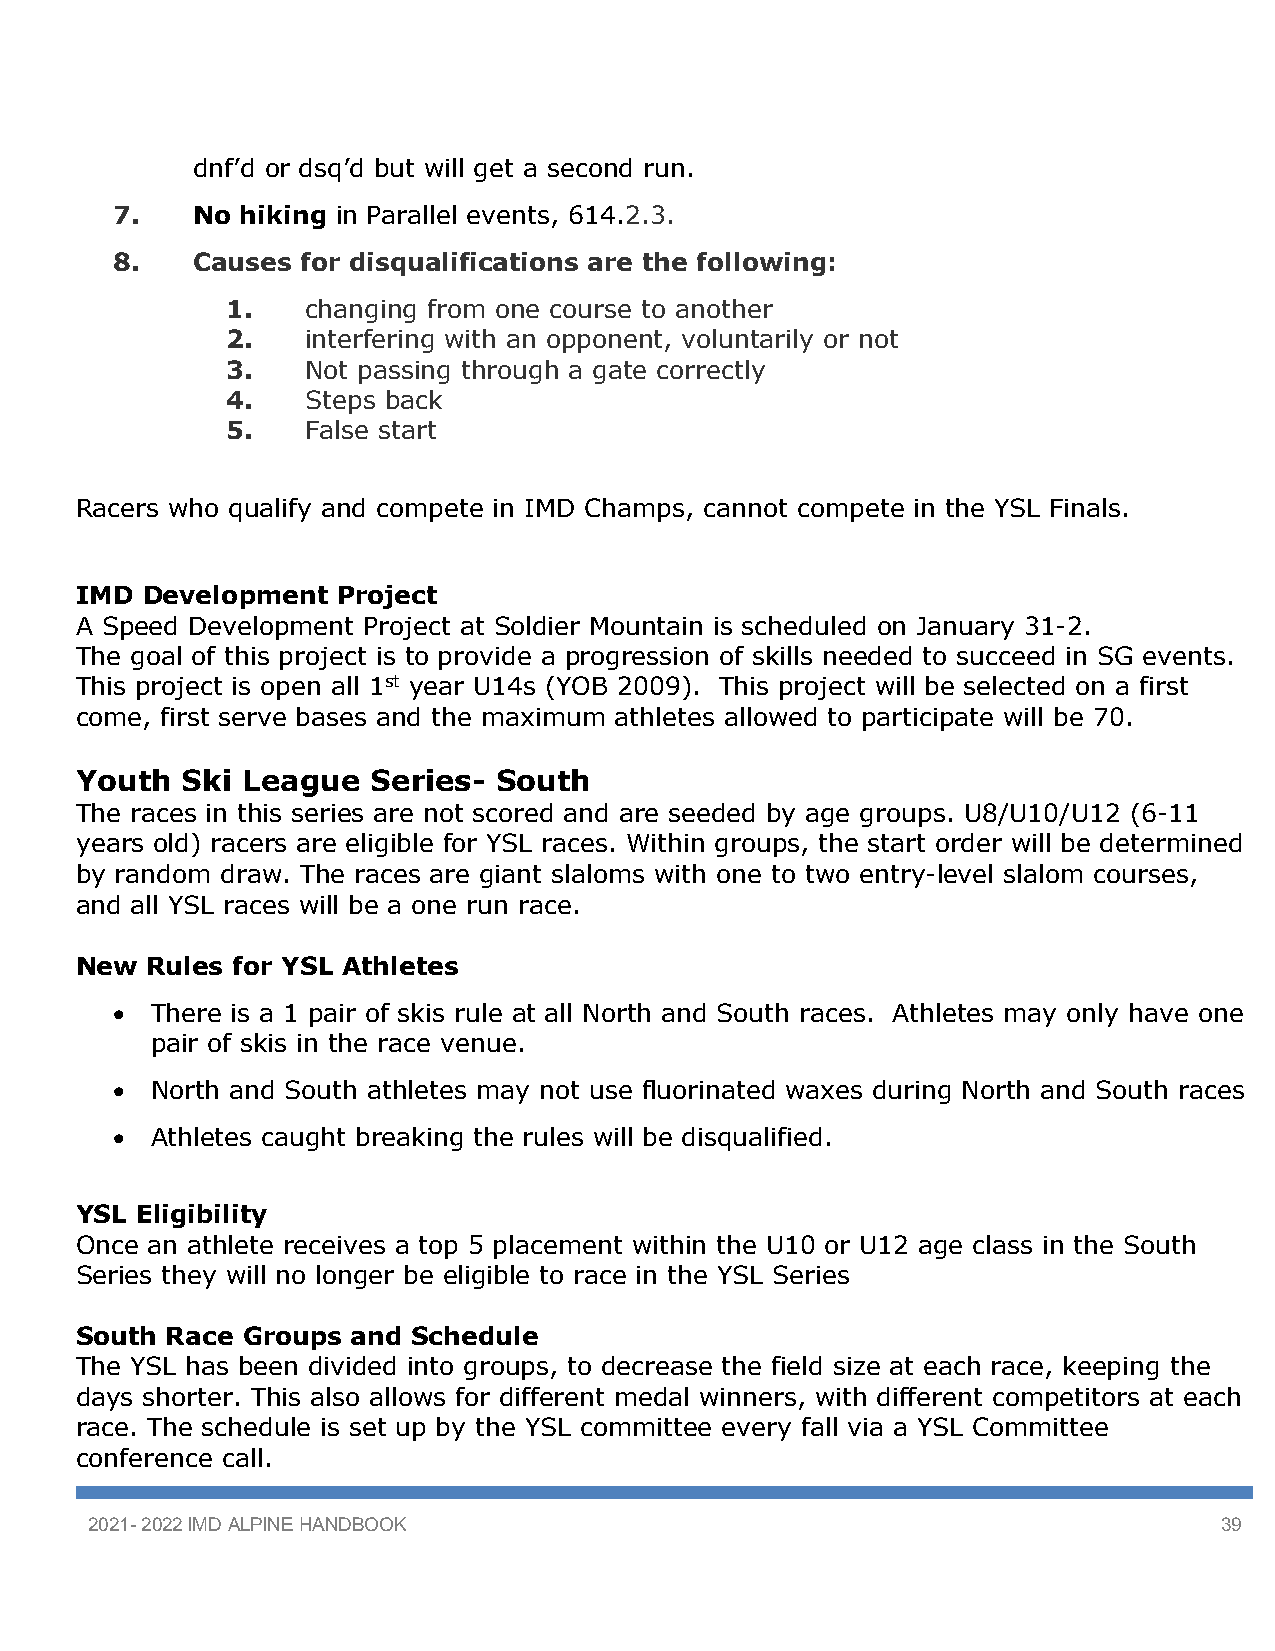
dnf’d or dsq’d but will get a second run.
 7.   No hiking in Parallel events, 614.2.3.
 8.   Causes for disqualifications are the following:
 1.   changing from one course to another
 2.   interfering with an opponent, voluntarily or not
 3.   Not passing through a gate correctly
 4.   Steps back
 5.   False start
 Racers who qualify and compete in IMD Champs, cannot compete in the YSL Finals.
 IMD Development  Project
 A Speed Development Project at Soldier Mountain is scheduled on January 31-2.
 The goal of this project is to provide a progression of skills needed to succeed in SG events.
 This project is open all 1st year U14s (YOB 2009). This project will be selected on a first
 come, first serve bases and the maximum athletes allowed to participate will be 70.
 Youth  Ski League   Series- South
 The races in this series are not scored and are seeded by age groups. U8/U10/U12 (6-11
 years old) racers are eligible for YSL races. Within groups, the start order will be determined
 by random draw. The races are giant slaloms with one to two entry-level slalom courses,
 and all YSL races will be a one run race.
 New  Rules for YSL Athletes
 • There is a 1 pair of skis rule at all North and South races. Athletes may only have one
 pair of skis in the race venue.
 • North and South athletes may not use fluorinated waxes during North and South races
 • Athletes caught breaking the rules will be disqualified.
 YSL Eligibility
 Once an athlete receives a top 5 placement within the U10 or U12 age class in the South
 Series they will no longer be eligible to race in the YSL Series
 South Race Groups and Schedule
 The YSL has been divided into groups, to decrease the field size at each race, keeping the
 days shorter. This also allows for different medal winners, with different competitors at each
 race. The schedule is set up by the YSL committee every fall via a YSL Committee
 conference call.
 2021- 2022 IMD ALPINE HANDBOOK                                             39